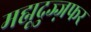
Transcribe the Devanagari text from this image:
मह्मूदुज्ज़फर